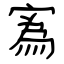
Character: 寪